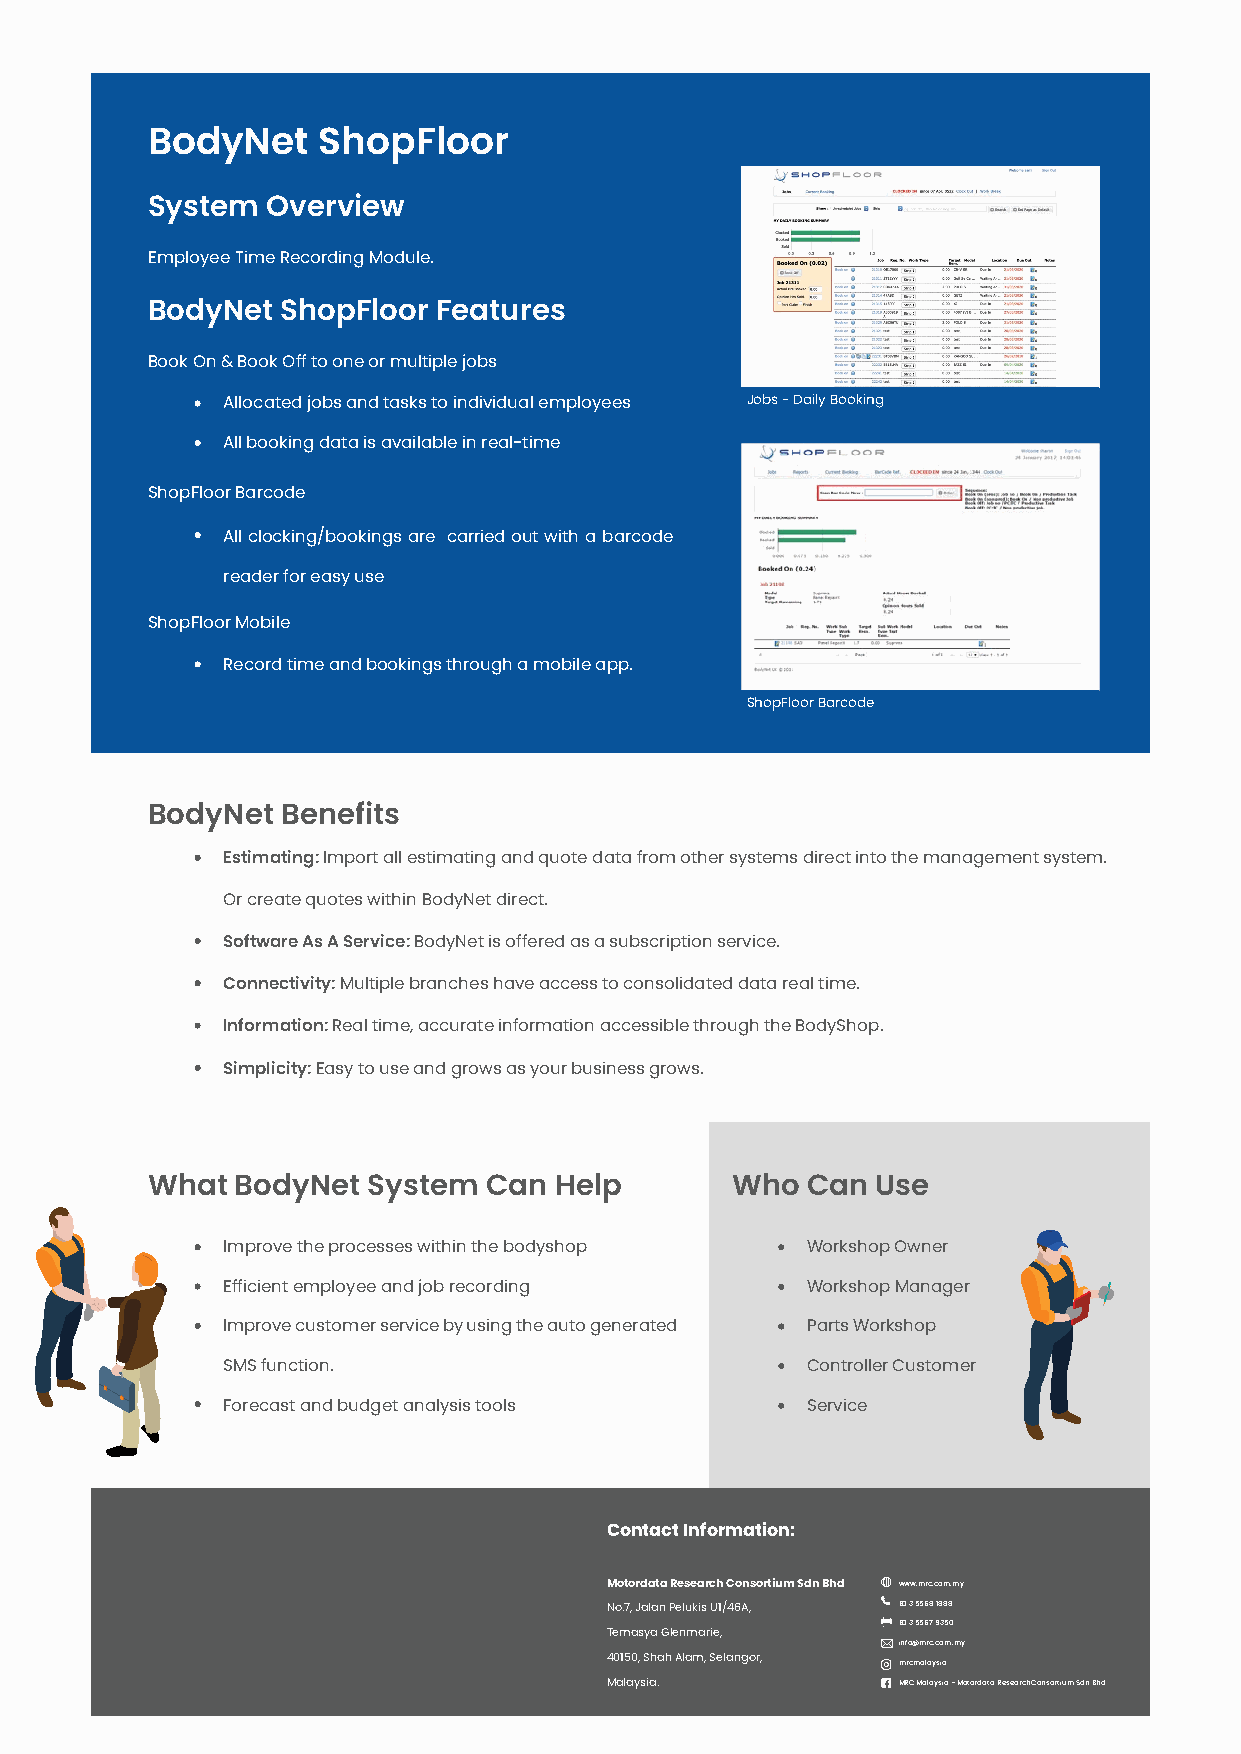
BodyNet    ShopFloor
 System  Overview
 Employee Time Recording Module.
 BodyNet  ShopFloor Features
 Book On & Book Off to one or multiple jobs
 Allocated jobs and tasks to individual employees Jobs - Daily Booking
 All booking data is available in real-time
 ShopFloor Barcode
 All clocking/bookings are carried out with a barcode
 reader for easy use
 ShopFloor Mobile
 Record time and bookings through a mobile app.
 ShopFloor Barcode
 BodyNet  Benefits
 Estimating: Import all estimating and quote data from other systems direct into the management system.
 Or create quotes within BodyNet direct.
 Software As A Service: BodyNet is offered as a subscription service.
 Connectivity: Multiple branches have access to consolidated data real time.
 Information: Real time, accurate information accessible through the BodyShop.
 Simplicity: Easy to use and grows as your business grows.
 What  BodyNet System  Can  Help       Who  Can  Use
 Improve the processes within the bodyshop Workshop Owner
 Efficient employee and job recording  Workshop Manager
 Improve customer service by using the auto generated Parts Workshop
 SMS function.                         Controller Customer
 Forecast and budget analysis tools    Service
 Contact Information:
 Motordata Research Consortium Sdn Bhd www.mrc.com.my
 No.7, Jalan Pelukis U1/46A, 60 3 5568 1888
 60 3 5567 9350
 Temasya Glenmarie,
 info@mrc.com.my
 40150, Shah Alam, Selangor, mrcmalaysia
 Malaysia.          MRC Malaysia - Motordata Research Consortium Sdn Bhd